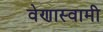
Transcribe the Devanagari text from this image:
वेणास्वामी